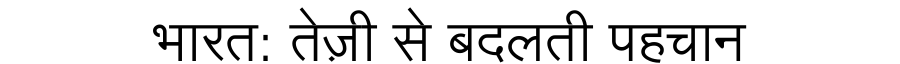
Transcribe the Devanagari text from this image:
भारत: तेज़ी से बदलती पहचान